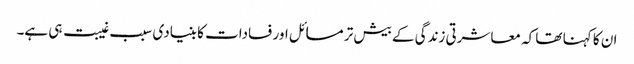
ان کا کہنا تھا کہ معاشرتی زندگی کے بیش تر مسائل اور فسادات کا بنیادی سبب غیبت ہی ہے۔